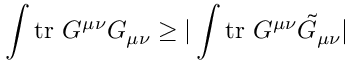
\int \mathrm { t r } ~ G ^ { \mu \nu } G _ { \mu \nu } \geq | \int \mathrm { t r } ~ G ^ { \mu \nu } \tilde { G } _ { \mu \nu } |